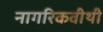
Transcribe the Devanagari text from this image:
नागरिकवीथी